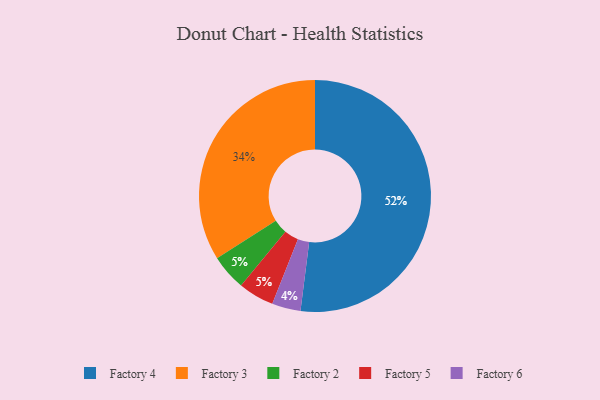
{"axis": {"x": "Category", "y": "Percentage"}, "legend": ["Factory 2", "Factory 3", "Factory 4", "Factory 5", "Factory 6"], "data": [{"x": "Factory 3", "y": 34, "type": "Factory 3"}, {"x": "Factory 6", "y": 4, "type": "Factory 6"}, {"x": "Factory 2", "y": 5, "type": "Factory 2"}, {"x": "Factory 5", "y": 5, "type": "Factory 5"}, {"x": "Factory 4", "y": 52, "type": "Factory 4"}]}